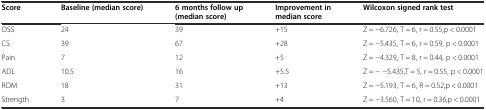
<table><thead><tr><td><b>Score</b></td><td><b>Baseline (median score)</b></td><td><b>6 months follow up (median score)</b></td><td><b>Improvement in median score</b></td><td><b>Wilcoxon signed rank test</b></td></tr></thead><tbody><tr><td>OSS</td><td>24</td><td>39</td><td>+15</td><td>Z = -6.726, T = 6, r = 0.55,p &lt; 0.0001</td></tr><tr><td>CS</td><td>39</td><td>67</td><td>+28</td><td>Z = -5.435, T = 6, r = 0.59, p &lt; 0.0001</td></tr><tr><td>Pain</td><td>7</td><td>12</td><td>+5</td><td>Z = -4.329, T = 8, r = 0.44, p &lt; 0.0001</td></tr><tr><td>ADL</td><td>10.5</td><td>16</td><td>+5.5</td><td>Z = - -5.435,T = 5, r = 0.55, p &lt; 0.0001</td></tr><tr><td>ROM</td><td>18</td><td>31</td><td>+13</td><td>Z = -5.193, T = 6, R = 0.52,p &lt; 0.0001</td></tr><tr><td>Strength</td><td>3</td><td>7</td><td>+4</td><td>Z = -3.560, T = 10, r = 0.36,p &lt; 0.0001</td></tr></tbody></table>